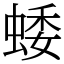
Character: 蜲